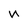
Character: n